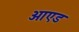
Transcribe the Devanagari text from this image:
आएड